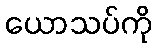
ယောသပ်ကို